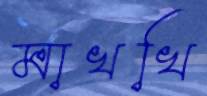
মাখখি